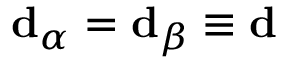
\mathbf { d } _ { \alpha } = \mathbf { d } _ { \beta } \equiv \mathbf { d }